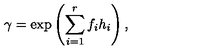
\gamma = \exp \left( \sum _ { i = 1 } ^ { r } f _ { i } h _ { i } \right) ,